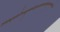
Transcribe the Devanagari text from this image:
तत्राश्वलायनेनचकृष्णपक्षेएकादशीत्रयोदशीदर्शेषुअषाढाफल्गुनीप्रोष्ठपदाभिन्नर्क्षेउक्तं